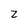
Character: z